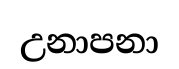
උනාපනා